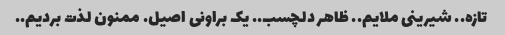
تازه.. شیرینی ملایم.. ظاهر دلچسب.. یک براونی اصیل. ممنون لذت بردیم..